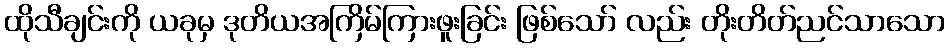
ထိုသီချင်းကို ယခုမှ ဒုတိယအကြိမ်ကြားဖူးခြင်း ဖြစ်သော် လည်း တိုးတိတ်ညင်သာသော